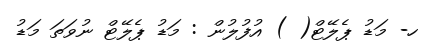
ހ- މަޑު ޕެލޭޓް( ) އުފުލުން : މަޑު ޕެލޭޓް ނުވަތަ މަޑު